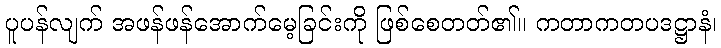
ပူပန်လျက် အဖန်ဖန်အောက်မေ့ခြင်းကို ဖြစ်စေတတ်၏။ ကတာကတပဒဋ္ဌာနံ၊